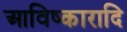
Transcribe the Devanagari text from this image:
आविष्कारादि